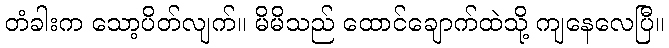
တံခါးက သော့ပိတ်လျက်။ မိမိသည် ထောင်ချောက်ထဲသို့ ကျနေလေပြီ။